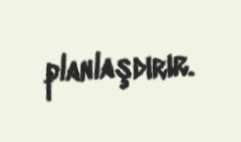
planlaşdırır.